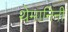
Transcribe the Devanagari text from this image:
थेमानिनी